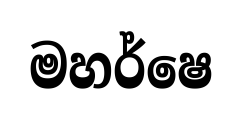
මහර්ෂෙ